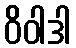
ဝိဝါဒါ